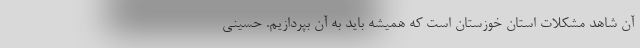
آن شاهد مشکلات استان خوزستان است که همیشه باید به آن بپردازیم. حسینی